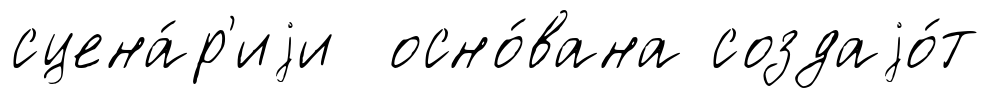
сцена́р'иjи осно́вана создаjо́т